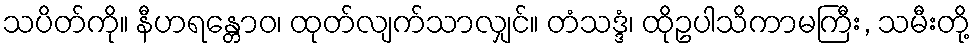
သပိတ်ကို။ နီဟရန္တောဝ၊ ထုတ်လျက်သာလျှင်။ တံသဒ္ဒံ၊ ထိုဥပါသိကာမကြီး, သမီးတို့